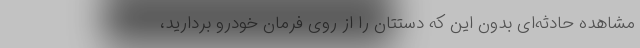
مشاهده حادثه‌ای بدون این که دستتان را از روی فرمان خودرو بردارید،